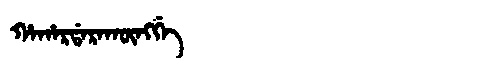
Manchu: ᡥᠠᡥᠠᡵᡩᠠᡵᠠᡴᡡᠩᡤᡝ
Romanization: HAHARDARAKŪNGGE